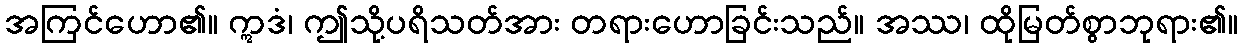
အကြင်ဟော၏။ ဣဒံ၊ ဤသို့ပရိသတ်အား တရားဟောခြင်းသည်။ အဿ၊ ထိုမြတ်စွာဘုရား၏။